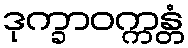
ဒုက္ခာဝက္ကန္တံ